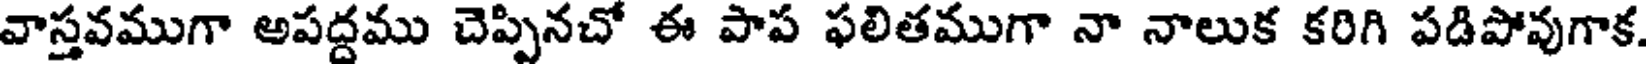
వాస్తవముగా అపద్దము చెప్పినచో ఈ పాప ఫలితముగా నా నాలుక కరిగి పడిపోవుగాక